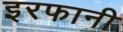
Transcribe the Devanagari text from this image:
इरफानी